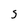
Character: g